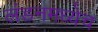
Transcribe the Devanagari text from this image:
लंडनमध्येच